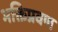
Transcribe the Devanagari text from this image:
भक्तिप्रवण